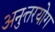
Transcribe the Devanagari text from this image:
अनुत्तरयोग